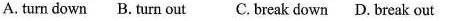
A. turn down B. Turn out C.Break down D. Break out